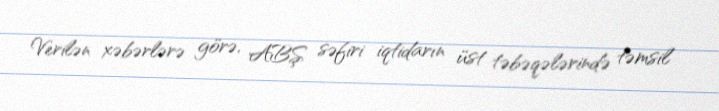
Verilən xəbərlərə görə, ABŞ səfiri iqtidarın üst təbəqələrində təmsil